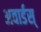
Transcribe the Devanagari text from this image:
अवार्डस्